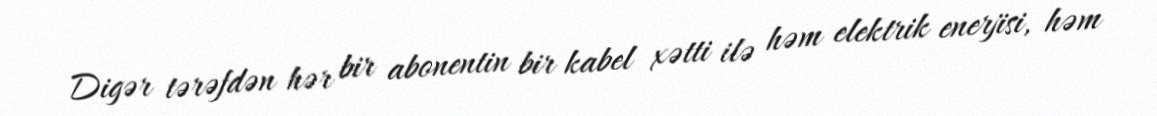
Digər tərəfdən hər bir abonentin bir kabel xətti ilə həm elektrik enerjisi, həm